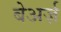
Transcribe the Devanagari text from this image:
बेअर्ज़